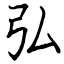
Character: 弘